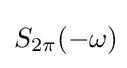
S_{2\pi }(-\omega )\!